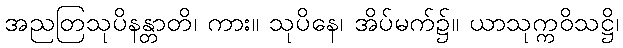
အညတြသုပိနန္တာတိ၊ ကား။ သုပိနေ၊ အိပ်မက်၌။ ယာသုက္ကဝိသဋ္ဌိ၊